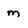
Character: m